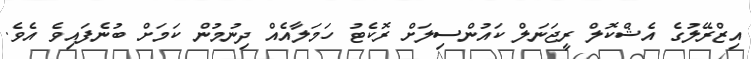
އިޒްރޭލުގެ އެޝްކޮލް ރީޖަނަލް ކައުންސިލަށް ރޮކެޓު ހަމަލާއެއް ދިނުމުން ކަމަށް ބުނެފައިވެ އެވެ.